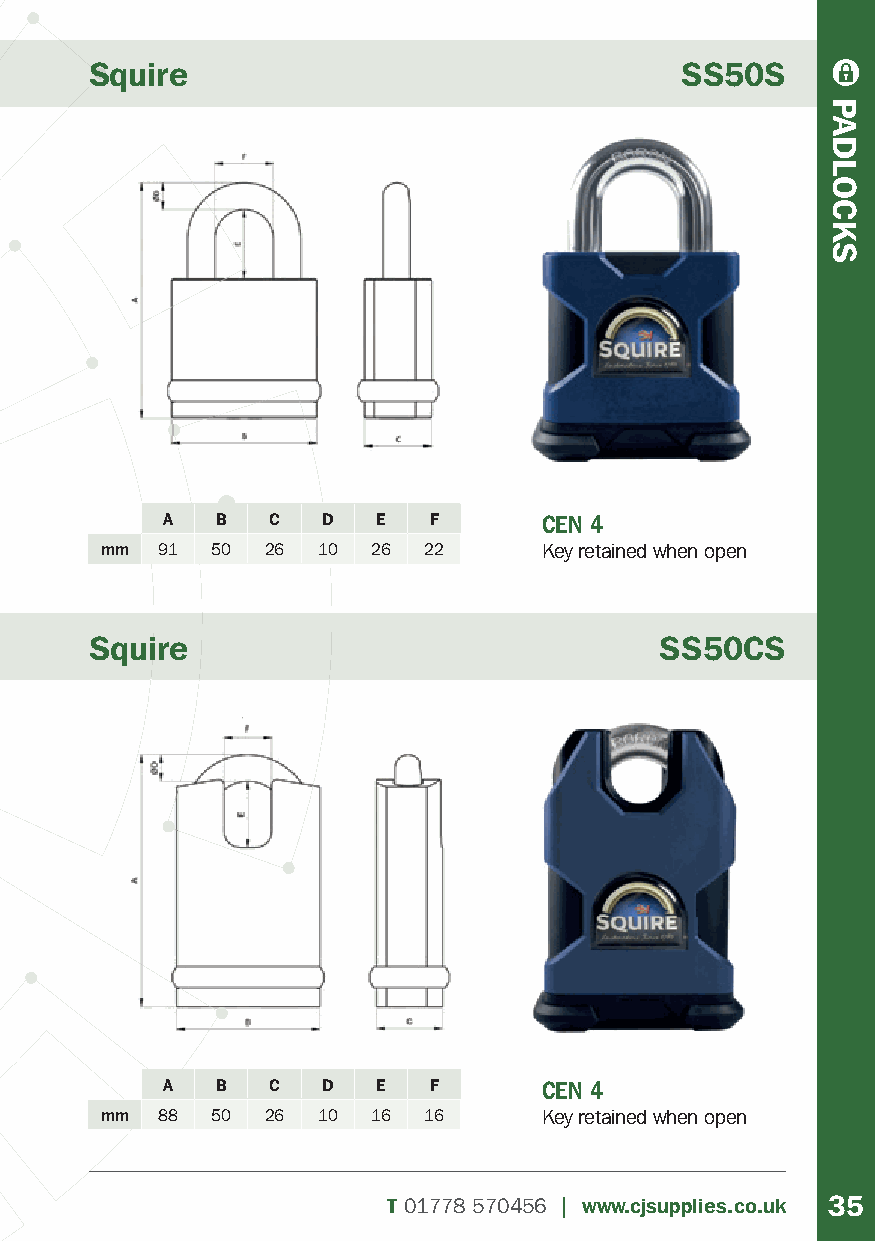
Squire                                 SS50S
 A  B   C  D   E  F       CEN 4
 mm 91  50 26  10  26 22      Key retained when open
 Squire                                SS50CS
 A  B   C  D   E  F       CEN 4
 mm 88  50 26  10  16 16      Key retained when open
 T01778 570456 | www.cjsupplies.co.uk 35
 PADLOCKS